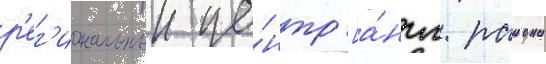
р'ег'иональныи це́нтр [а́нгл. раиона